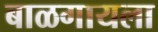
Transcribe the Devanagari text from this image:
बाळगायला